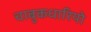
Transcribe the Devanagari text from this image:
चाबुकधारियो